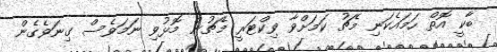
ބާކީ އޮތް ހަމައެކަނި މެޗު ކަމަށްވާ ވިކްޓަރީ މެޗުން މޮޅުވި ނަމަވެސް ގިނަވެގެން